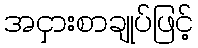
အငှားစာချုပ်ဖြင့်